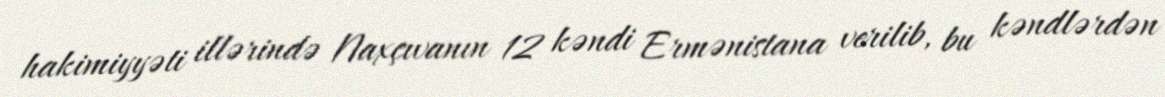
hakimiyyəti illərində Naxçıvanın 12 kəndi Ermənistana verilib, bu kəndlərdən